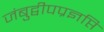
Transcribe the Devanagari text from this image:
जंबुद्वीपप्रज्ञप्ति